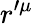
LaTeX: r^{\prime\mu}